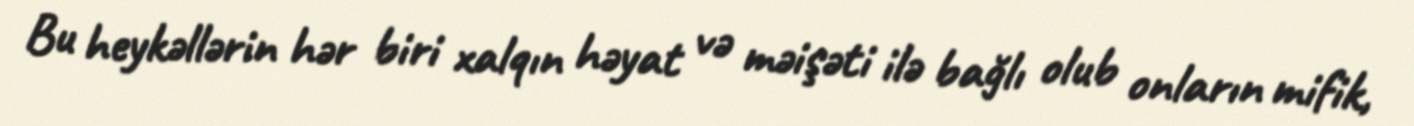
Bu heykəllərin hər biri xalqın həyat və məişəti ilə bağlı olub onların mifik,